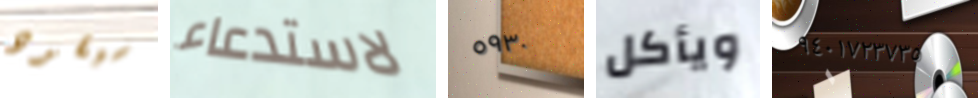
سيقود لاستدعاء ٥٩٣٠ ويأكل ٩٤٠١٧٢٣٧٣٥